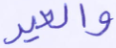
والعير